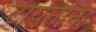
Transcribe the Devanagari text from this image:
टायनान